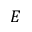
E